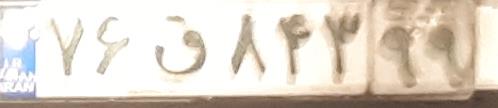
۷۶ق۸۴۳۹۹